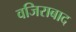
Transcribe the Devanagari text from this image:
वजिराबाद